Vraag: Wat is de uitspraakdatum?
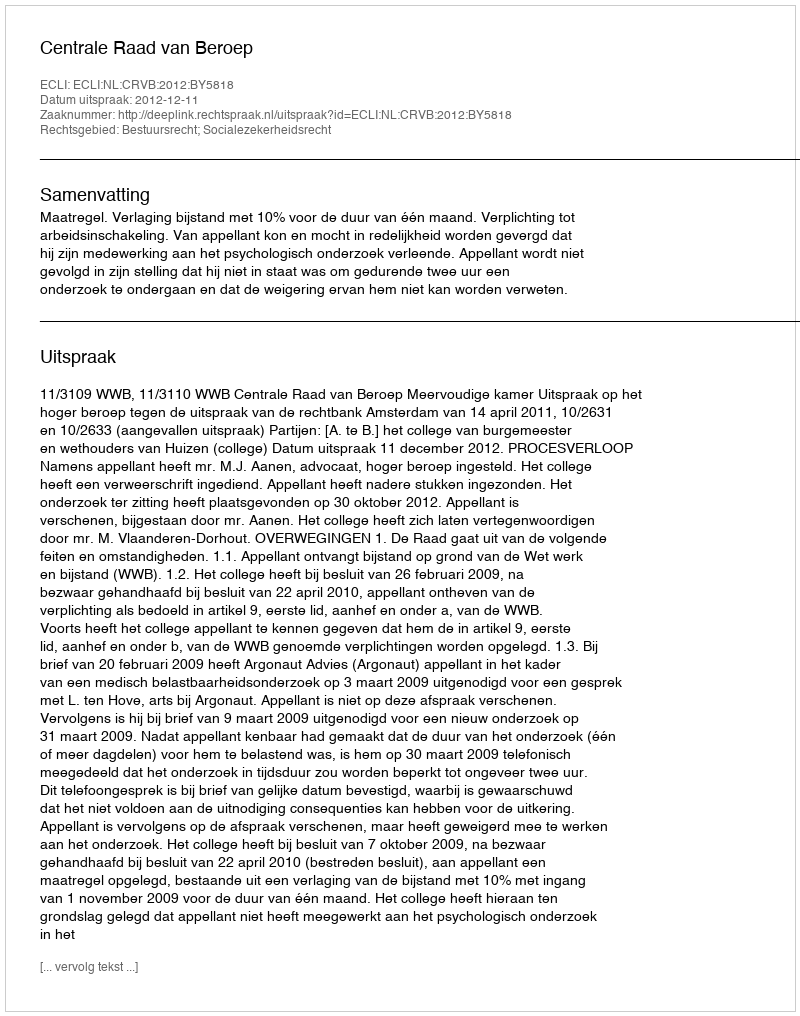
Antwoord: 2012-12-11